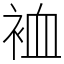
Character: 裇